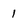
Character: 1